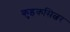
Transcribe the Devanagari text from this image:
कुइकसिल्वर